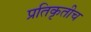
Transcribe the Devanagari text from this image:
प्रतिकृतीच